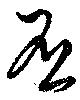
否